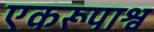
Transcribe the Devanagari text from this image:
एकरूपाश्व